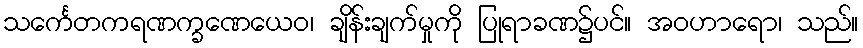
သင်္ကေတကရဏက္ခဏေယေဝ၊ ချိန်းချက်မှုကို ပြုရာခဏ၌ပင်။ အဝဟာရော၊ သည်။